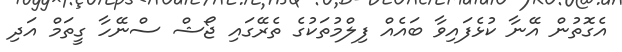
އެގޮތުން އޭނާ ކުޅެފައިވާ ބައެއް ފިލްމުތަކުގެ ތެރޭގައި ޖޯޝް ސްނޭހާ ގީތަމް އަދި